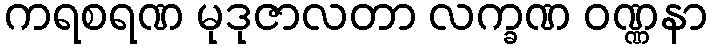
ကရစရဏ မုဒုဇာလတာ လက္ခဏ ဝဏ္ဏနာ